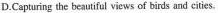
D.Capturing the beautiful views of birds and cities